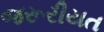
જરૂરીયત